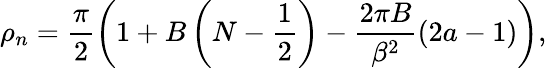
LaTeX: \rho_{n}=\frac{\pi}{2}\left(1+B\left(N-\frac{1}{2}\right)-\frac{2\pi B}{\beta^{2}}(2a-1)\right),